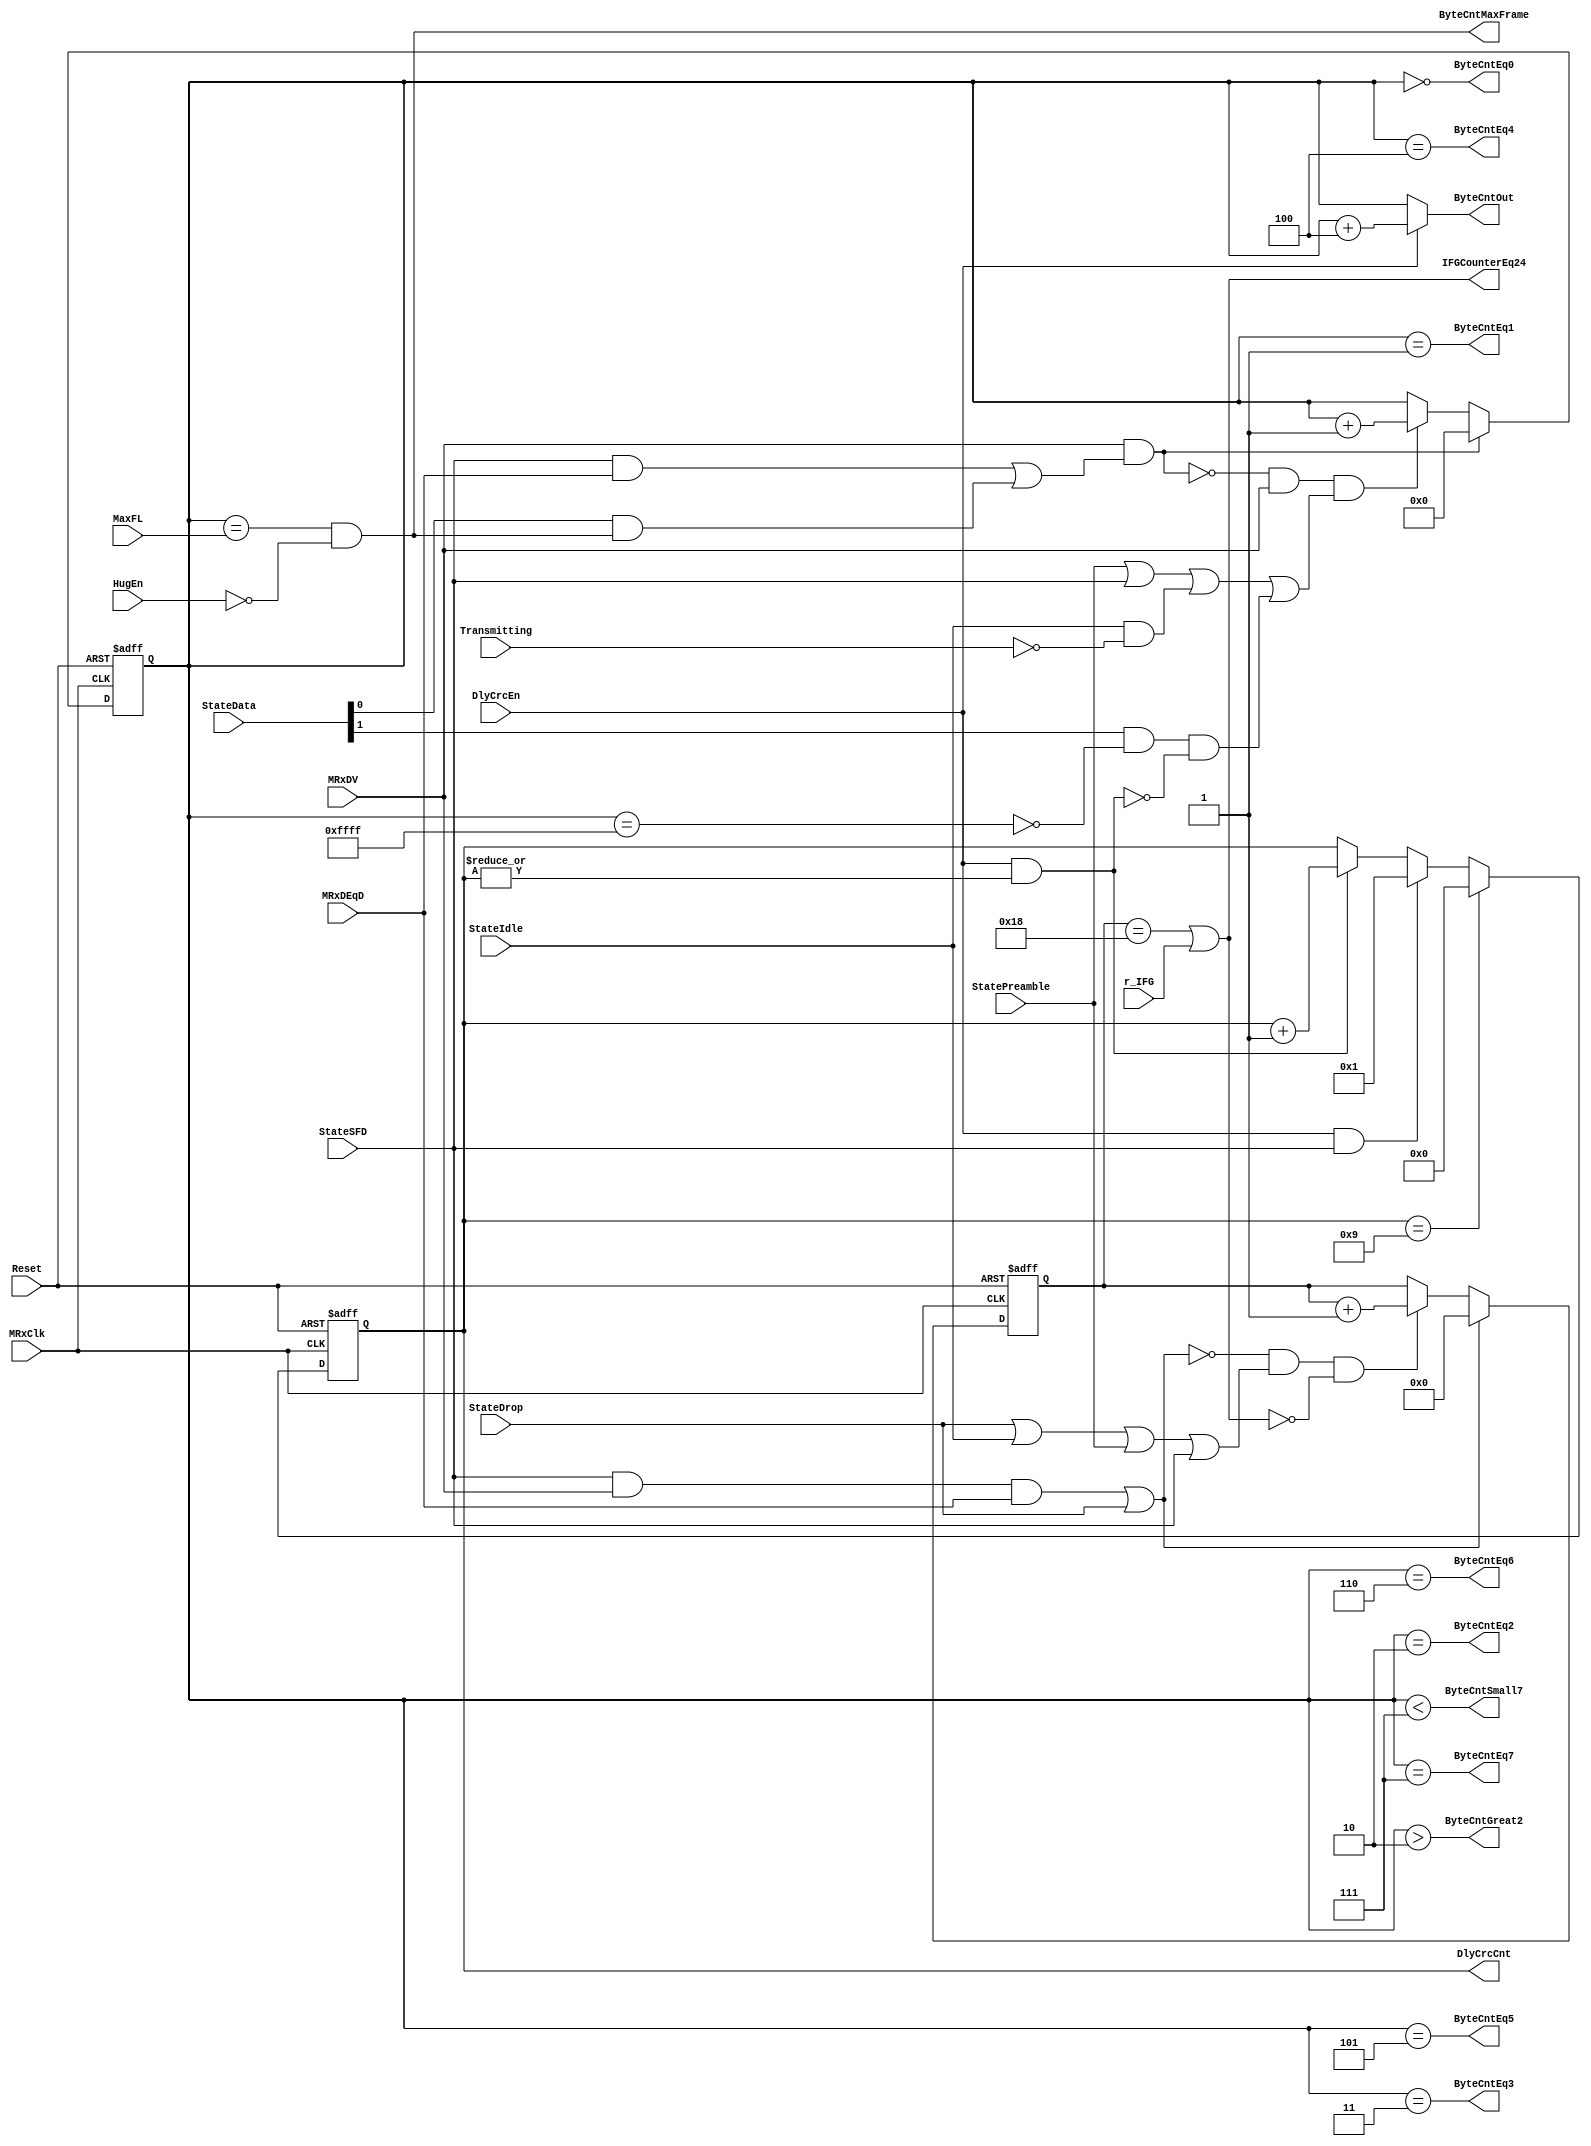
module eth_rxcounters 
  (
   MRxClk, Reset, MRxDV, StateIdle, StateSFD, StateData, StateDrop, StatePreamble, 
   MRxDEqD, DlyCrcEn, DlyCrcCnt, Transmitting, MaxFL, r_IFG, HugEn, IFGCounterEq24, 
   ByteCntEq0, ByteCntEq1, ByteCntEq2,ByteCntEq3,ByteCntEq4,ByteCntEq5, ByteCntEq6,
   ByteCntEq7, ByteCntGreat2, ByteCntSmall7, ByteCntMaxFrame, ByteCntOut
   );

input         MRxClk;
input         Reset;
input         MRxDV;
input         StateSFD;
input [1:0]   StateData;
input         MRxDEqD;
input         StateIdle;
input         StateDrop;
input         DlyCrcEn;
input         StatePreamble;
input         Transmitting;
input         HugEn;
input [15:0]  MaxFL;
input         r_IFG;

output        IFGCounterEq24;           // IFG counter reaches 9600 ns (960 ns)
output [3:0]  DlyCrcCnt;                // Delayed CRC counter
output        ByteCntEq0;               // Byte counter = 0
output        ByteCntEq1;               // Byte counter = 1
output        ByteCntEq2;               // Byte counter = 2  
output        ByteCntEq3;               // Byte counter = 3  
output        ByteCntEq4;               // Byte counter = 4  
output        ByteCntEq5;               // Byte counter = 5  
output        ByteCntEq6;               // Byte counter = 6
output        ByteCntEq7;               // Byte counter = 7
output        ByteCntGreat2;            // Byte counter > 2
output        ByteCntSmall7;            // Byte counter < 7
output        ByteCntMaxFrame;          // Byte counter = MaxFL
output [15:0] ByteCntOut;               // Byte counter

wire          ResetByteCounter;
wire          IncrementByteCounter;
wire          ResetIFGCounter;
wire          IncrementIFGCounter;
wire          ByteCntMax;

reg   [15:0]  ByteCnt;
reg   [3:0]   DlyCrcCnt;
reg   [4:0]   IFGCounter;

wire  [15:0]  ByteCntDelayed;



assign ResetByteCounter = MRxDV & (StateSFD & MRxDEqD | StateData[0] & ByteCntMaxFrame);

assign IncrementByteCounter = ~ResetByteCounter & MRxDV & 
                              (StatePreamble | StateSFD | StateIdle & ~Transmitting |
                               StateData[1] & ~ByteCntMax & ~(DlyCrcEn & |DlyCrcCnt)
                              );


always @ (posedge MRxClk or posedge Reset)
begin
  if(Reset)
    ByteCnt[15:0] <=  16'd0;
  else
    begin
      if(ResetByteCounter)
        ByteCnt[15:0] <=  16'd0;
      else
      if(IncrementByteCounter)
        ByteCnt[15:0] <=  ByteCnt[15:0] + 16'd1;
     end
end

assign ByteCntDelayed = ByteCnt + 16'd4;
assign ByteCntOut = DlyCrcEn ? ByteCntDelayed : ByteCnt;

assign ByteCntEq0       = ByteCnt == 16'd0;
assign ByteCntEq1       = ByteCnt == 16'd1;
assign ByteCntEq2       = ByteCnt == 16'd2; 
assign ByteCntEq3       = ByteCnt == 16'd3; 
assign ByteCntEq4       = ByteCnt == 16'd4; 
assign ByteCntEq5       = ByteCnt == 16'd5; 
assign ByteCntEq6       = ByteCnt == 16'd6;
assign ByteCntEq7       = ByteCnt == 16'd7;
assign ByteCntGreat2    = ByteCnt >  16'd2;
assign ByteCntSmall7    = ByteCnt <  16'd7;
assign ByteCntMax       = ByteCnt == 16'hffff;
assign ByteCntMaxFrame  = ByteCnt == MaxFL[15:0] & ~HugEn;


assign ResetIFGCounter = StateSFD  &  MRxDV & MRxDEqD | StateDrop;

assign IncrementIFGCounter = ~ResetIFGCounter & (StateDrop | StateIdle | StatePreamble | StateSFD) & ~IFGCounterEq24;

always @ (posedge MRxClk or posedge Reset)
begin
  if(Reset)
    IFGCounter[4:0] <=  5'h0;
  else
    begin
      if(ResetIFGCounter)
        IFGCounter[4:0] <=  5'h0;
      else
      if(IncrementIFGCounter)
        IFGCounter[4:0] <=  IFGCounter[4:0] + 5'd1; 
    end
end



assign IFGCounterEq24 = (IFGCounter[4:0] == 5'h18) | r_IFG; // 24*400 = 9600 ns or r_IFG is set to 1


always @ (posedge MRxClk or posedge Reset)
begin
  if(Reset)
    DlyCrcCnt[3:0] <=  4'h0;
  else
    begin
      if(DlyCrcCnt[3:0] == 4'h9)
        DlyCrcCnt[3:0] <=  4'h0;
      else
      if(DlyCrcEn & StateSFD)
        DlyCrcCnt[3:0] <=  4'h1;
      else
      if(DlyCrcEn & (|DlyCrcCnt[3:0]))
        DlyCrcCnt[3:0] <=  DlyCrcCnt[3:0] + 4'd1;
    end
end


endmodule